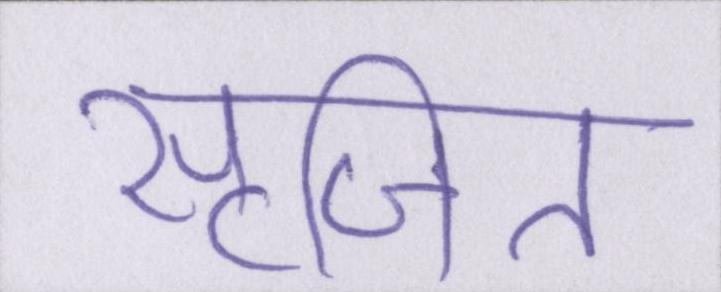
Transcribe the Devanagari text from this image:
सृजित